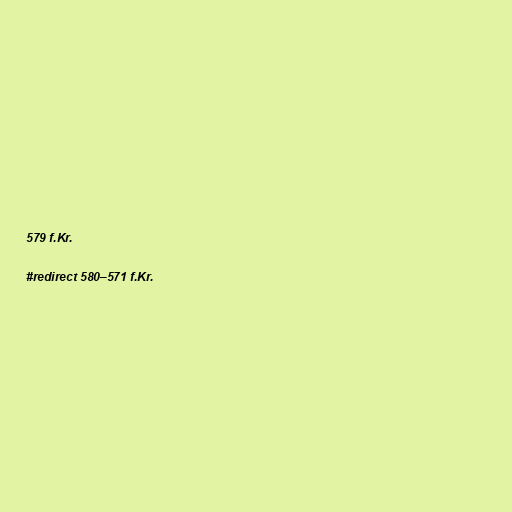
579 f.Kr.

#redirect 580–571 f.Kr.